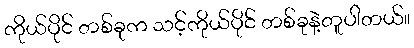
ကိုယ်ပိုင် တစ်ခုက သင့်ကိုယ်ပိုင် တစ်ခုနဲ့တူပါတယ်။